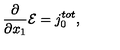
\frac { \partial } { { \partial } x _ { 1 } } { \cal E } = j _ { 0 } ^ { t o t } ,